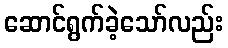
ဆောင်ရွက်ခဲ့သော်လည်း